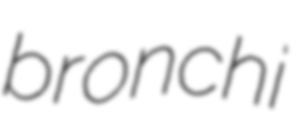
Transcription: bronchi